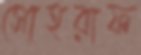
সোহরাফ